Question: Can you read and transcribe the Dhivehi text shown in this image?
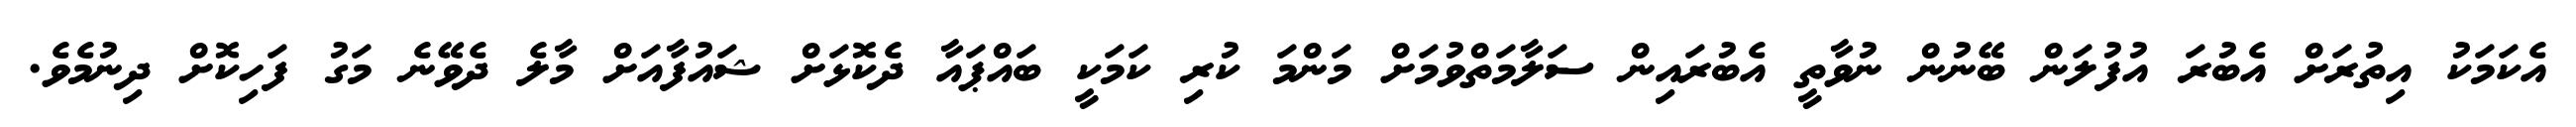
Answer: އެކަމަކު އިތުރަށް އެބުރަ އުފުލަން ބޭނުން ނުވާތީ އެބުރައިން ސަލާމަތްވުމަށް މަންމަ ކުރި ކަމަކީ ބައްޕައާ ދެކޮޅަށް ޝައުފާއަށް މާލެ ދެވޭނެ މަގު ފަހިކޮށް ދިނުމެވެ.